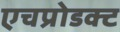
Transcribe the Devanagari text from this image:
एचप्रोडक्ट